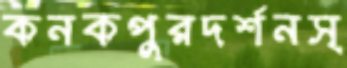
কনকপুরদর্শনস্